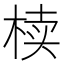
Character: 椟